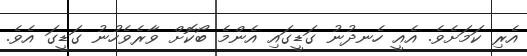
އެރި ކަމަށެވެ. އެއީ ހެނދުނު ގަޑީގައި އެންމެ ބޯކޮށް ވާރެވެހުނު ގަޑީގަ އެވެ.